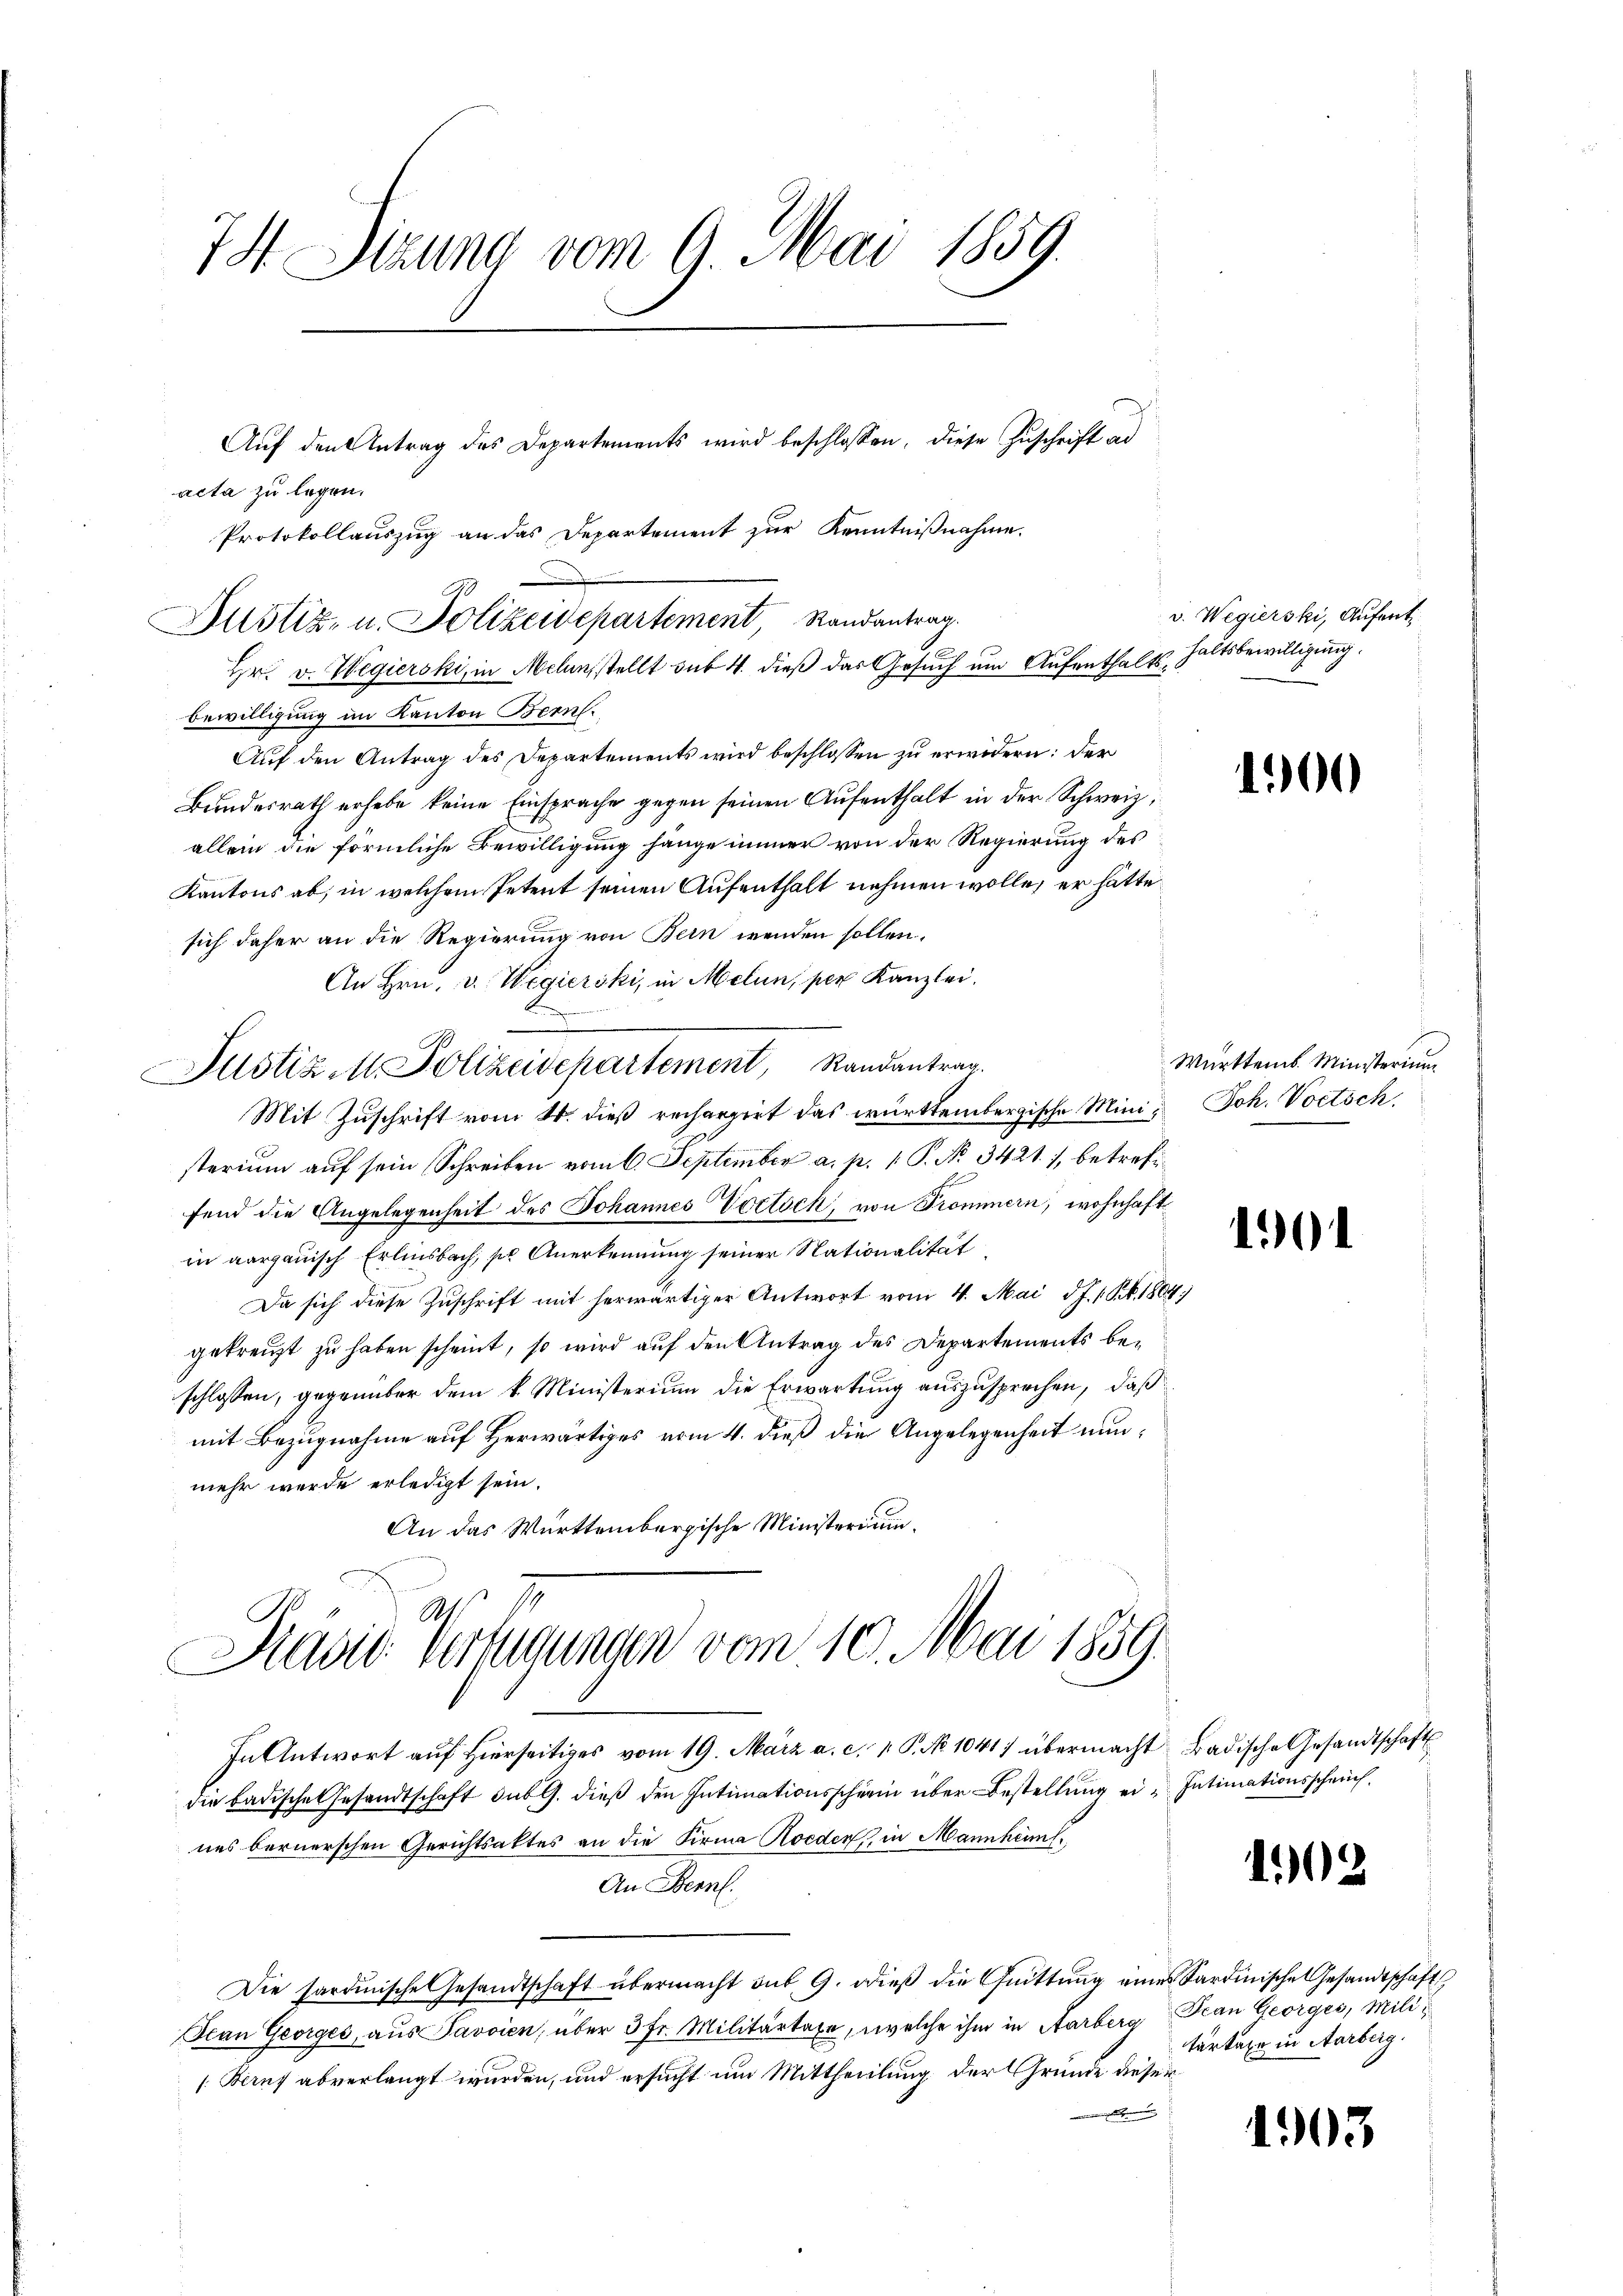
1
7H Suzung vom 9. Mai 1859.

acta zu legen.
Hr. v. Wegierski, in Melinsstellt sub 4. dieß das Gesuch um Aufenthalts-Haltsbewilligung
bewilligung im Kanton Bern.
Aŭf den Antrag des Departements wird beschlossen zu erwidern: der
Bundesrath erhebe keine Einsprache gegen seinen Aufenthalt in der Schweiz,
allein die förmliche Bewilligung hänge immer von der Regierung des
Kantons ab, in welchem Petent seinen Aufenthalt nehmen wolle, er hätte
sich daher an die Regierung von Bern wenden sollen.
An Hrn. v. Wegierski, in Melin, per Kanzlei.
t
Justiz M. Polizeidepartement, Randantrag.
Mit Zuschrift vom 14. dieß rechargirt das württembergische Mini- Joh. Vortsch
sterium auf sein Schreiben vom 6. September a. p. 1. P. No. 3421. 1, betrefifend die Angelegenheit des Johannes Vortsch, von Trommern, wohnhaft
in aargauisch Erlinsbach, so Anerkennung seiner Nationalität
Da sich diese Zuschrift mit herwärtiger Antwort vom 4. Mai d. J. 1 Pkt. 1804
gekreuzt zu haben scheint, so wird auf den Antrag des Departements beschlossen, gegenüber dem k. Ministerium die Erwartung auszusprechen, daß
mit Bezugnahme auf Herwärtiges vom 4. dieß die Angelegenheit nunmehr werde erledigt sein.
An das Württembergische Ministerium.

Protokollauszug an das Departement zur Kenntnißnahme.
Justiz- u. Polizeidepartement Randantrag.

Aŭf den Antrag des Departements wird beschlossen, diese Zŭschrift ad

A.
Pavid Verfügungen vom 10. Mai 1859.

In Antwort auf Hierseitiges vom 19. März a. c. v. P. No 1041) übermacht Badische Gesandtschaft
die badisches Gesandtschaft sub 9. dieß den Intimationsscherin über Bestellung ein Intimationsscherich
nes bernerschen Gerichtsaktes an die Firma Hoeden, in Mannheiml
An al
Die sardinische Gesandtschaft übermacht sub. 9. dieß die Quittung eines Sardinische Gesandtschäft
Ican Georges, aus Favvien, über 3 Fr. Militärtaxe, welche ihm in Aarberg Frau Georges, Mili¬
/: Beruf abverlangt wurden, und ersucht um Mittheilung der Grunde dieser

v. Wegierski, Aufent

1300

Württemb. Ministerium

1901

102

tertaxe in Aarberg.

1903